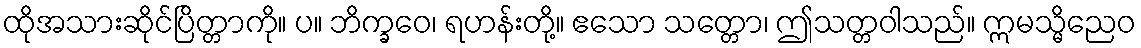
ထိုအသားဆိုင်ပြိတ္တာကို။ ပ။ ဘိက္ခဝေ၊ ရဟန်းတို့။ ဧသော သတ္တော၊ ဤသတ္တဝါသည်။ ဣမသ္မိညေဝ